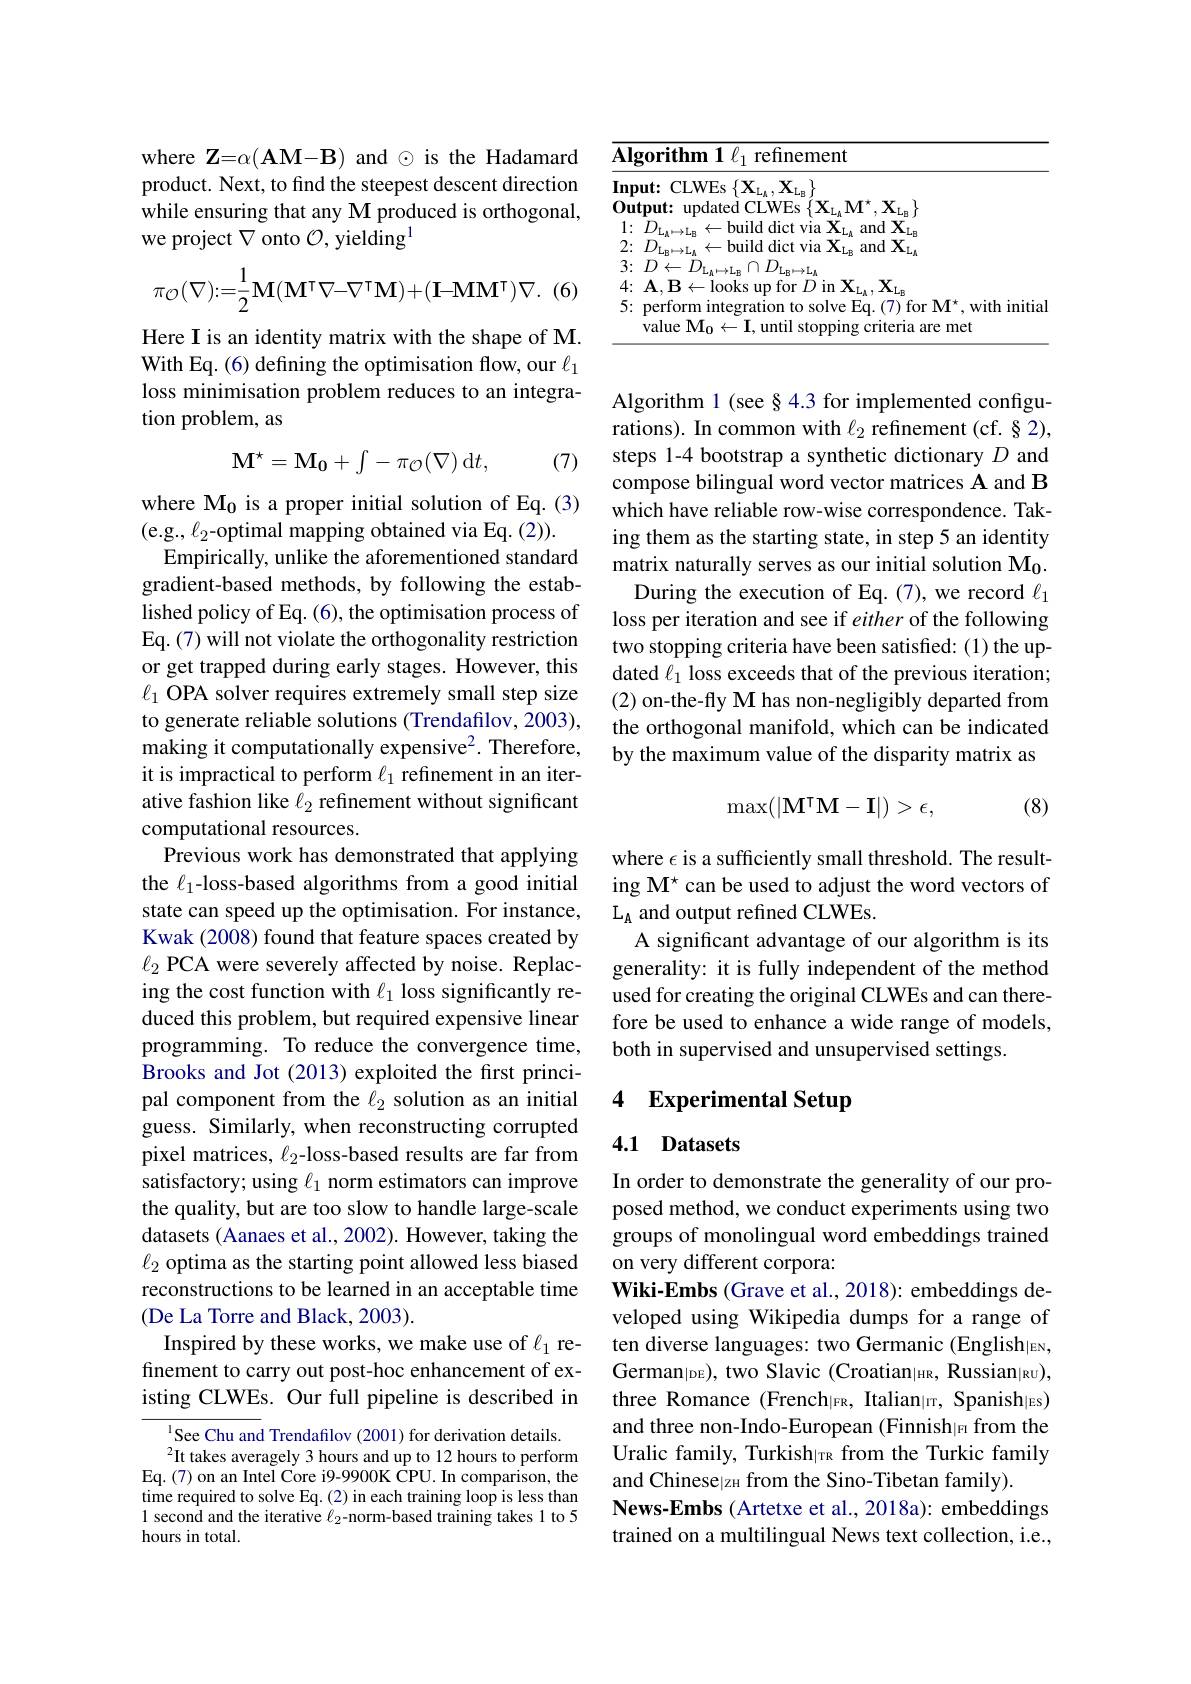
where $\mathbf{Z}=\alpha(\mathbf{AM-B})$ and $\odot$ is the Hadamard product. Next, to find the steepest descent direction while ensuring that any M produced is orthogonal, we project $\nabla$ onto $\mathcal{O}$, yielding$^1$
$$\pi_{\mathcal{O}}(\nabla):=\frac{1}{2}\mathbf{M}(\mathbf{M}^{\intercal}\nabla-\nabla^{\intercal}\mathbf{M})+(\mathbf{I}-\mathbf{M}\mathbf{M}^{\intercal})\nabla.$$
Here I is an identity matrix with the shape of M. With Eq. (6) defining the optimisation flow, our $\ell_1$ loss minimisation problem reduces to an integration problem, as
$$\mathrm{M}^\star=\mathrm{M}_0+\int-\pi_{\mathcal{O}}(\nabla)\:\mathrm{d}t,$$
(7)

where $\mathbf{M_{0}}$ is a proper initial solution of Eq.(3)
(e.g., \ell_2-optimal mapping obtained via Eq. (2)).
Empirically, unlike the aforementioned standard gradient-based methods, by following the established policy of Eq. (6), the optimisation process of Eq. (7) will not violate the orthogonality restriction or get trapped during early stages. However, this $\ell_1$ OPA solver requires extremely small step size to generate reliable solutions (Trendafilov, 2003), making it computationally expensive$^2.$ Therefore, it is impractical to perform $\ell_1$ refinement in an iterative fashion like $\bar{\ell}_2$ refinement without significant computational resources.
Previous work has demonstrated that applying the $\ell_1$-loss-based algorithms from a good initial state can speed up the optimisation. For instance, Kwak (2008) found that feature spaces created by $\ell_2$ PCA were severely affected by noise. Replacing the cost function with $\ell_1$ loss significantly reduced this problem, but required expensive linear programming. To reduce the convergence time, Brooks and Jot (2013) exploited the first principal component from the $\ell_{2}$ solution as an initial guess. Similarly, when reconstructing corrupted pixel matrices, $\ell_{2}$-loss-based results are far from satisfactory; using $\ell_1$ norm estimators can improve the quality, but are too slow to handle large-scale datasets (Aanaes et al., 2002). However, taking the $\ell_2$ optima as the starting point allowed less biased reconstructions to be learned in an acceptable time (De La Torre and Black, 2003).
Inspired by these works, we make use of $\ell_1$ refinement to carry out post-hoc enhancement of existing CLWEs. Our full pipeline is described in

$^{1}$See Chu and Trendafilov (2001) for derivation details. $^{2}$It takes averagely 3 hours and up to 12 hours to perform
Eq.(7) on an Intel Core i9-9900K CPU. In comparison, the time required to solve Eq.(2) in each training loop is less than 1 second and the iterative $\ell_{2}$-norm-based training takes 1 to 5 hours in total.

<table>
	<tbody>
		<tr>
			<th>$\because D$</th>
			<th>$\mathbf{orithm1}\ell_{1}$ refinement</th>
		</tr>
		<tr>
			<td>$\angle$</td>
			<td>$X$</td>
		</tr>
		<tr>
			<td>T</td>
			<td>perform integration to solve Eq.(7) for M', with initia $\mathrm{ralueM}_{0}$ $\leftarrow\mathbf{I}$,until stopping criteria are met</td>
		</tr>
		<tr>
			<td> </td>
			<td>alile Mo 1 一 "riteris me</td>
		</tr>
	</tbody>
</table>

Algorithm 1 (see §4.3 for implemented configurations). In common with $\ell_2$ refinement (cf. § 2), steps 1-4 bootstrap a synthetic dictionary $D$ and compose bilingual word vector matrices A and B which have reliable row-wise correspondence. Taking them as the starting state, in step 5 an identity matrix naturally serves as our initial solution Mo.
During the execution of Eq. (7), we record $\ell_1$ loss per iteration and see if either of the following two stopping criteria have been satisfied: (1) the updated $\ell_1$ loss exceeds that of the previous iteration; (2) on-the-fly M has non-negligibly departed from the orthogonal manifold, which can be indicated by the maximum value of the disparity matrix as
$$\max(|\mathbf{M}^\intercal\mathbf{M}-\mathbf{I}|)>\epsilon,$$
(8)

where $\epsilon$ is a sufficiently small threshold. The resulting M$^\star$ can be used to adjust the word vectors of $L_A$ and output refined CLWEs.
A significant advantage of our algorithm is its generality: it is fully independent of the method used for creating the original CLWEs and can therefore be used to enhance a wide range of models, both in supervised and unsupervised settings.

## 4 Experimental Setup

## 4.1 Datasets

In order to demonstrate the generality of our proposed method, we conduct experiments using two groups of monolingual word embeddings trained on very different corpora:
Wiki-Embs (Grave et al., 2018): embeddings developed using Wikipedia dumps for a range of ten diverse languages: two Germanic (English|EN, German$_|$DE), two Slavic (Croatian$_|$нR, Russian$_|$ки), three Romance (French|FR, Italian|r, Spanish|Es) and three non-Indo-European (Finnish|Fı from the Uralic family, Turkish$_{|\mathrm{TR}}$ from the Turkic family and Chinese|zн from the Sino-Tibetan family).
News-Embs (Artetxe et al., 2018a): embeddings trained on a multilingual News text collection, i.e.,